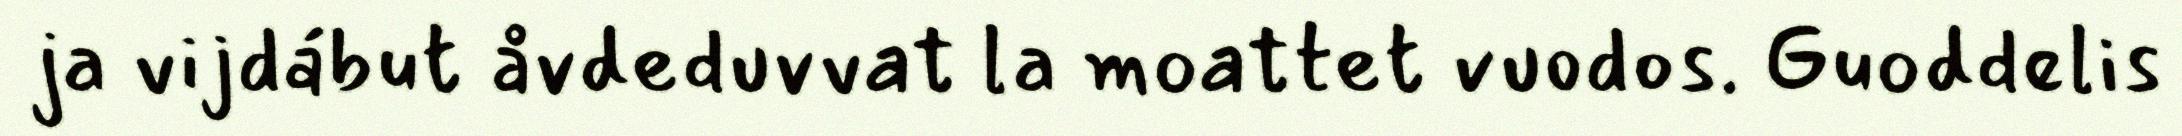
ja vijdábut åvdeduvvat la moattet vuodos. Guoddelis